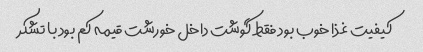
کیفیت غذا خوب بود فقط گوشت داخل خورشت قیمه کم بود با تشکر